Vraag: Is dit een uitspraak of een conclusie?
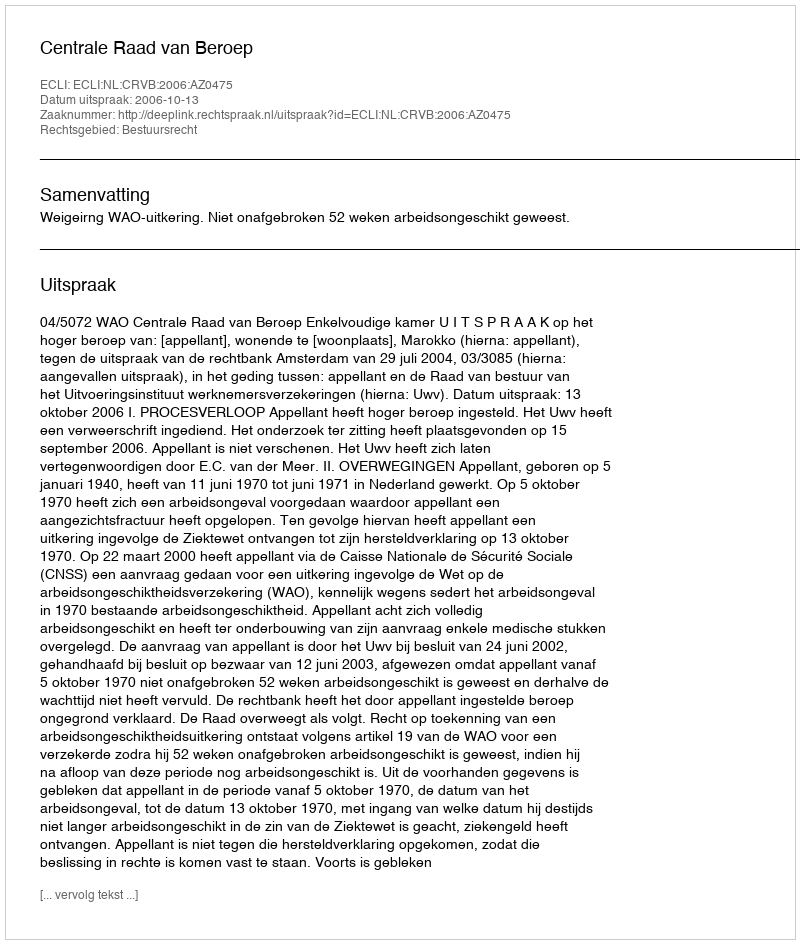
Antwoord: Uitspraak